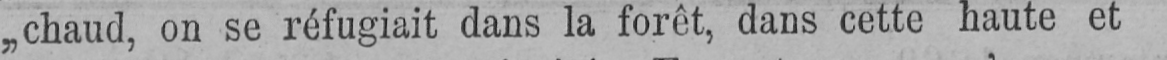
„chaud, on se réfugiait dans la forêt, dans cette haute et